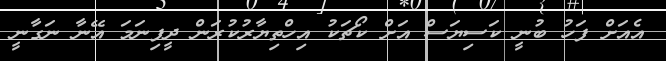
އެއަށް ފަހު ބުނީ ކަސިޔަސް އަށް ކޯޗަކު އިހްތިޔާރުކުރަން ދީފިނަމަ އޭނާ ނަގާނީ